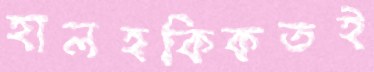
হালহকিকতই